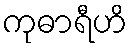
ကုဓာရီဟိ